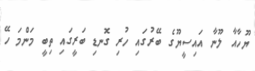
ޔޫހާއާ ލޫނާ އައިސީޔޫގެ ބޭރުގައި ހުރި ގޮނޑި ބަރީގައި ތިބީ މަންމަ ހޭ